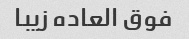
فوق العاده زیبا